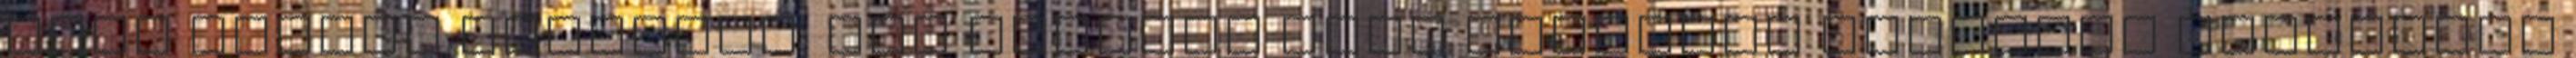
hogy készül valamire. Így azonban csak homlokom ráncolva figyeltem